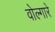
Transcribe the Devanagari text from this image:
वोल्गारे